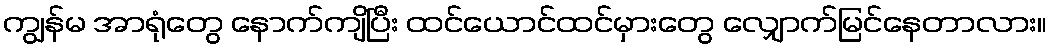
ကျွန်မ အာရုံတွေ နောက်ကျိပြီး ထင်ယောင်ထင်မှားတွေ လျှောက်မြင်နေတာလား။